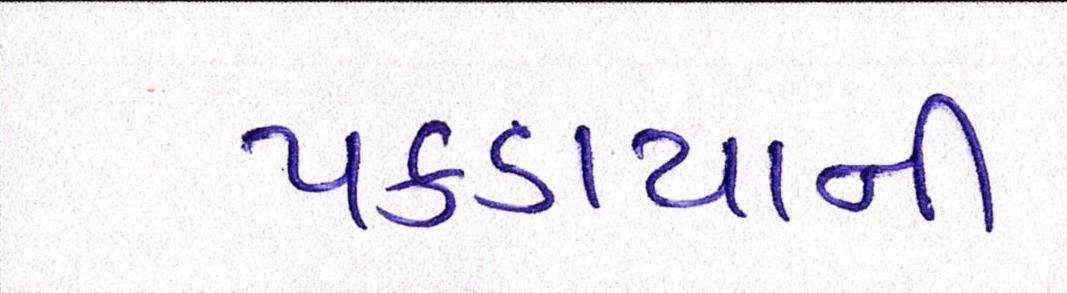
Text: પકડાયાની